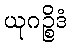
ယုဂဉ္စိဒံ